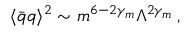
\langle \bar { q } q \rangle ^ { 2 } \sim m ^ { 6 - 2 \gamma _ { m } } \Lambda ^ { 2 \gamma _ { m } } \, ,